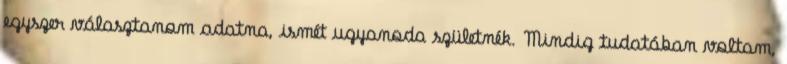
egyszer választanom adatna, ismét ugyanoda születnék. Mindig tudatában voltam,